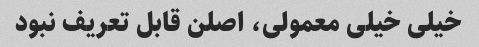
خیلی خیلی معمولی، اصلن قابل تعریف نبود